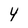
Character: 4